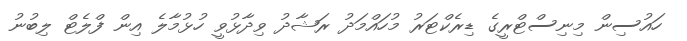
ހައުސިން މިނިސްޓްރީގެ ޑިރެކްޓަރު މުހައްމަދު ރަޝާދު ވިދާޅުވީ ހުޅުމާލެ އިން ފްލެޓް ލިބުނު